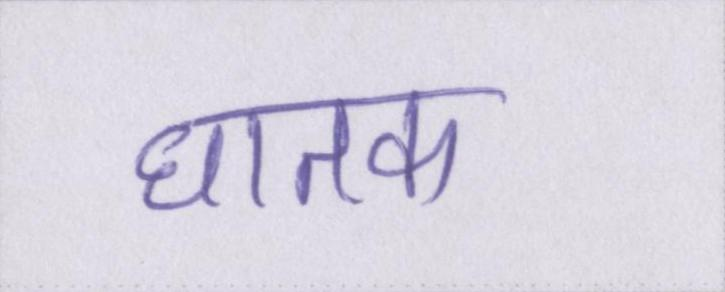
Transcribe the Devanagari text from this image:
घातक